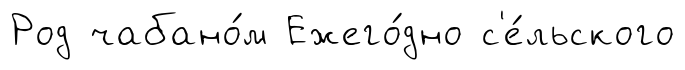
Род чабано́м Ежего́дно с'е́льского